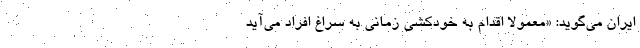
ایران می‌گوید: «معمولاً اقدام به خودکشی زمانی به سراغ افراد می‌آید